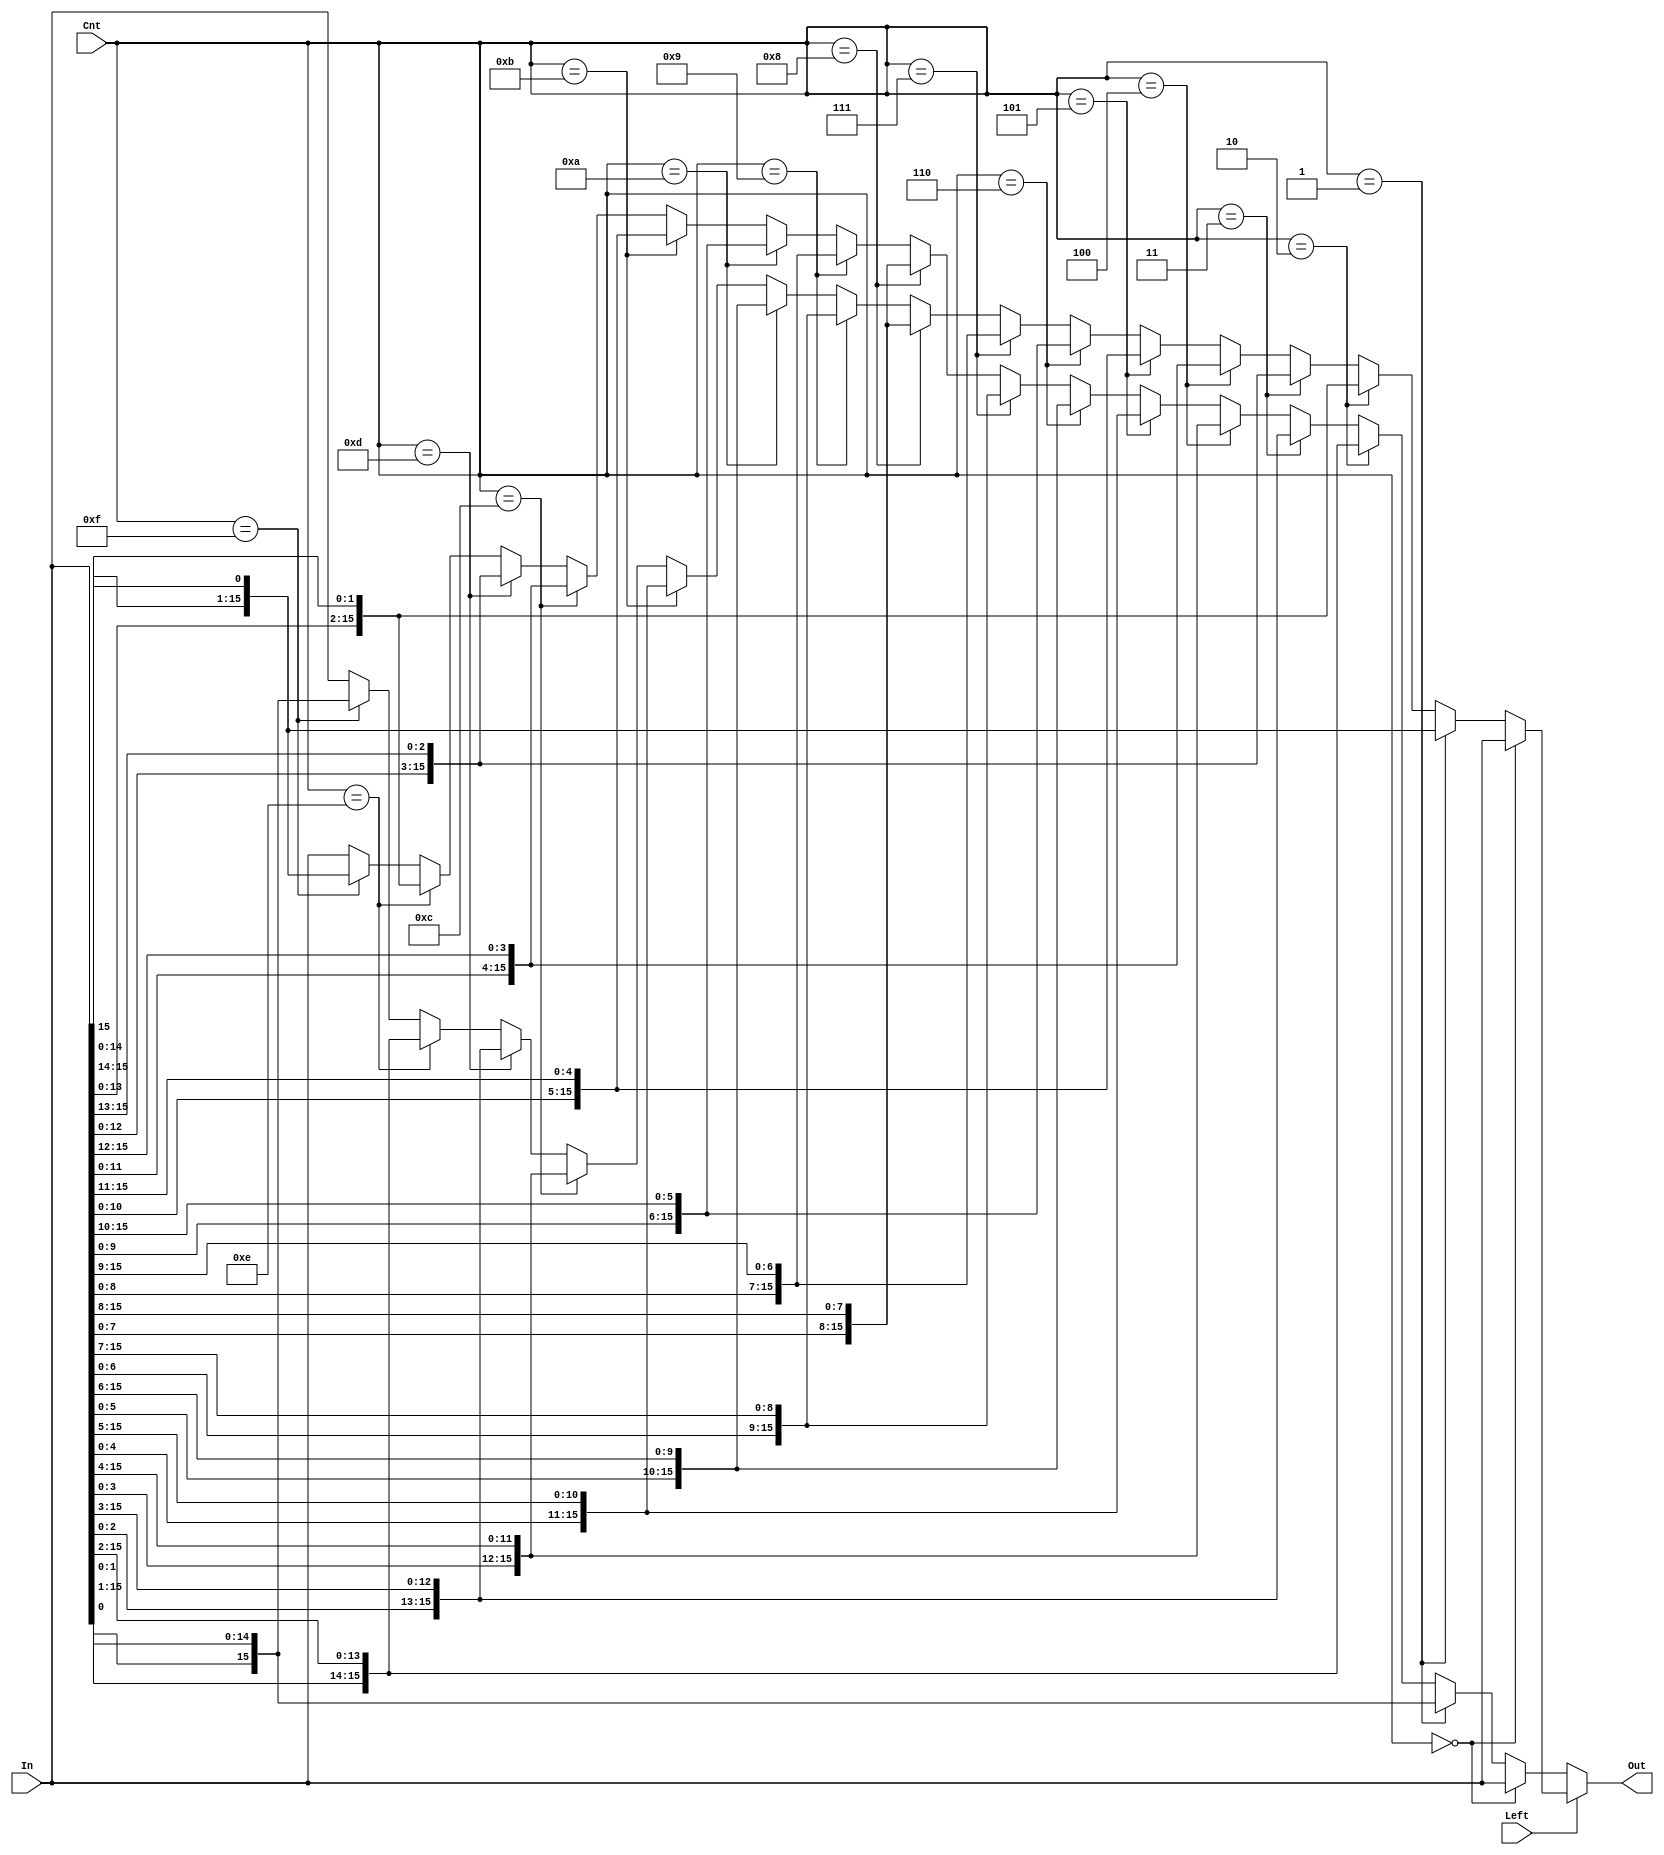
// Rotate In by Cnt digits. Direction indicated by Left.
module rotator(In, Cnt, Left, Out);
	
	input [15:0] In;
	input [3:0] Cnt;
	input Left;
	output [15:0] Out;

	reg [3:0] Rot_Cnt;

	wire [15:0] left_Rot, right_Rot;

	assign left_Rot = 	(Cnt == 4'd0)	?	In	:
						(Cnt == 4'd1)	?	{In[14:0], In[15]}	:
						(Cnt == 4'd2)	?	{In[13:0], In[15:14]}	:
						(Cnt == 4'd3)	?	{In[12:0], In[15:13]}	:
						(Cnt == 4'd4)	?	{In[11:0], In[15:12]}	:
						(Cnt == 4'd5)	?	{In[10:0], In[15:11]}	:
						(Cnt == 4'd6)	?	{In[9:0], In[15:10]}	:
						(Cnt == 4'd7)	?	{In[8:0], In[15:9]}	:
						(Cnt == 4'd8)	?	{In[7:0], In[15:8]}	:
						(Cnt == 4'd9)	?	{In[6:0], In[15:7]}	:
						(Cnt == 4'd10)	?	{In[5:0], In[15:6]}	:
						(Cnt == 4'd11)	?	{In[4:0], In[15:5]}	:
						(Cnt == 4'd12)	?	{In[3:0], In[15:4]}	:
						(Cnt == 4'd13)	?	{In[2:0], In[15:3]}	:
						(Cnt == 4'd14)	?	{In[1:0], In[15:2]}	:
						(Cnt == 4'd15)	?	{In[0], In[15:1]}	:
						In;

	assign right_Rot = 	(Cnt == 4'd0)	?	In	:
						(Cnt == 4'd1)	?	{In[0], In[15:1]}	:
						(Cnt == 4'd2)	?	{In[1:0], In[15:2]}	:
						(Cnt == 4'd3)	?	{In[2:0], In[15:3]}	:
						(Cnt == 4'd4)	?	{In[3:0], In[15:4]}	:
						(Cnt == 4'd5)	?	{In[4:0], In[15:5]}	:
						(Cnt == 4'd6)	?	{In[5:0], In[15:6]}	:
						(Cnt == 4'd7)	?	{In[6:0], In[15:7]}	:
						(Cnt == 4'd8)	?	{In[7:0], In[15:8]}	:
						(Cnt == 4'd9)	?	{In[8:0], In[15:9]}	:
						(Cnt == 4'd10)	?	{In[9:0], In[15:10]}	:
						(Cnt == 4'd11)	?	{In[10:0], In[15:11]}:
						(Cnt == 4'd12)	?	{In[11:0], In[15:12]}	:
						(Cnt == 4'd13)	?	{In[12:0], In[15:13]}	:
						(Cnt == 4'd14)	?	{In[13:0], In[15:14]}	:
						(Cnt == 4'd15)	?	{In[14:0], In[15]}	:
						In;

	assign Out = (Left == 1'b1)? left_Rot	:	right_Rot;

endmodule